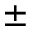
\pm